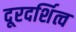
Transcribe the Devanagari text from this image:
दूरदर्शित्व